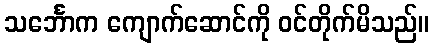
သင်္ဘောက ကျောက်ဆောင်ကို ဝင်တိုက်မိသည်။